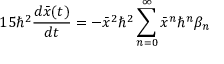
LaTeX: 1 5 \hbar ^ { 2 } \frac { d \bar { x } ( t ) } { d t } = - \bar { x } ^ { 2 } \hbar ^ { 2 } \sum _ { n = 0 } ^ { \infty } \bar { x } ^ { n } \hbar ^ { n } \beta _ { n }